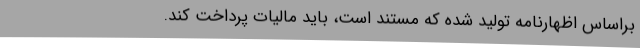
براساس اظهارنامه تولید شده که مستند است، باید مالیات پرداخت کند.